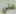
علي